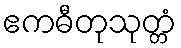
ဧကဓီတုသုတ္တံ